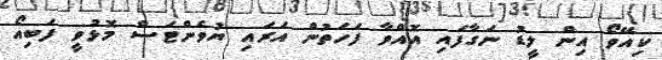
ކިއޭވޯ އިން ލީޑު ނަގާފައި އޮއްވާ ފަހަތުން އަރައި ޔުވެންޓަސް މޮޅުވީ ފަބިއޯ